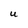
Character: U